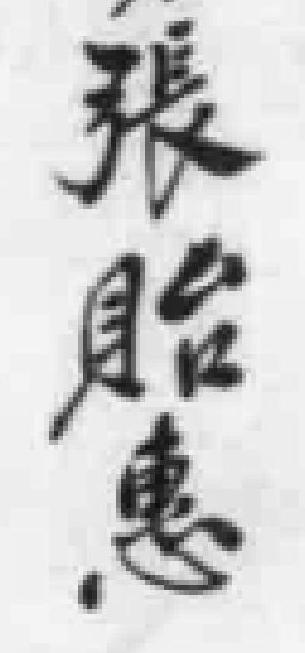
張貽惠